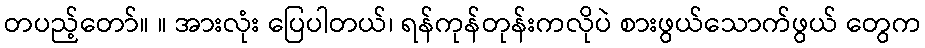
တပည့်တော်။ ။ အားလုံး ပြေပါတယ်၊ ရန်ကုန်တုန်းကလိုပဲ စားဖွယ်သောက်ဖွယ် တွေက